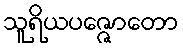
သူရိယပဇ္ဇောတော